Lunatic asylums Bombay report 1878-1890 - 1878-1890
Year: 1878
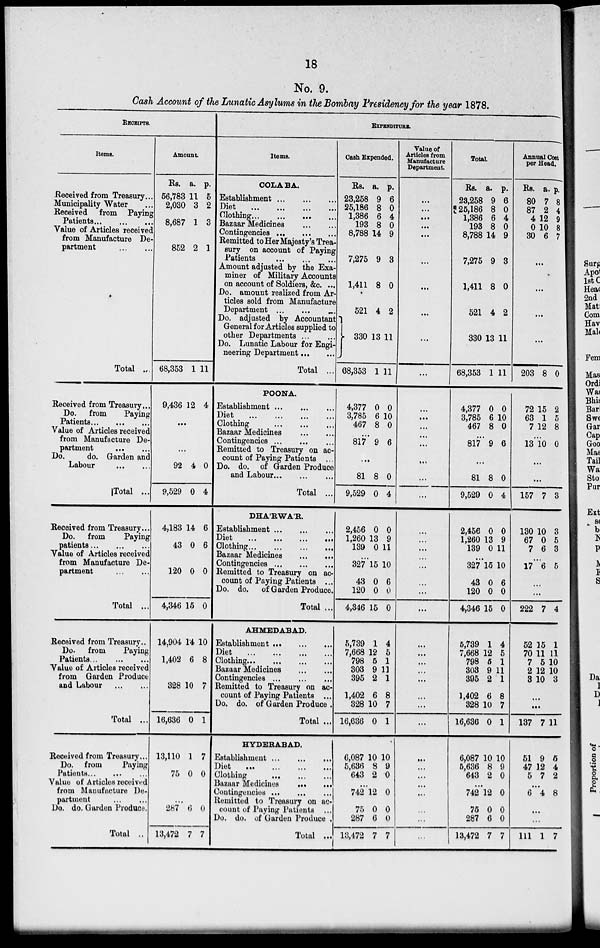
18
No. 9.
Cash Account of the Lunatic Asylums im, the Bombay Presidency for the year 1878.
RECEIPTS.
Items.
Received from Treasury...
Municipality Water ...
Received from Paying
Patients...
...
...
Value of Articles received
from Manufacture De-
partment
...
...
Total ...
Received from Treasury...
Do. from
Paying
Patients ... ... ...
Value of Articles received
from Manufacture De-
partment
...
...
Do.
do. Garden and
Labour
...
...
Total ...
Received from Treasury...
Do. from
Paying
patients
...
...
...
Value of Articles received
from Manufacture De-
partment
...
...
Total ...
Received from Treasury...
Do. from
Paying
Patients
...
...
...
Value of Articles received
from Garden Produce
and Labour
Total ...
Received from Treasury...
Do. from
Paying
Patients
...
...
...
Value of Articles received
from Manufacture De-
partment ... ... ...
Do. do. Garden Produce.
Total ..
Amount
Rs.
56,783
2,030
8,687
852
68,353
9,436
a.
11
3
1
2
1
12
p.
5
2
3
1
11
4
...
...
92
9,529
4,183
43
120
4,346
14,904
1,402
328
16,636
13,110
75
4
0
14
0
0
15
14
6
10
0
1
0
0
4
6
6
0
0
10
8
7
1
7
0
...
287
13,472
6
7
0
7
EXPENDITURE.
Items.
COLABA.
Establishment
...
...
...
Diet
...
...
...
Clothing
...
...
...
Bazaar Medicines ... ... ...
Contingencies
...
...
...
Remitted to Her Majesty's Trea-
sury on account of Paying
Patients
...
...
...
Amount adjusted by the Exa-
miner of Military Accounts
on account of Soldiers, &c. ...
Do. amount realized from Ar-
ticles sold from Manufacture
Department ... ... ...
Do. adjusted by Accountant
General for Articles supplied to
other Departments
...
...
Do. Lunatic Labour for Engi-
neering Department ... ...
Total ...
POONA.
Establishment
...
...
...
Diet
...
...
...
Clothing
...
...
...
Bazaar Medicines ... ... ...
Contingencies
...
...
...
Remitted to Treasury on ac-
count of Paying Patients ...
Do. do. of Garden Produce
and Labour
...
...
...
Total ...
DHA'RWA'R.
Establishment
...
...
...
Diet
...
...
...
Clothing
...
...
...
Bazaar Medicines ... ... ...
Contingencies
...
...
...
Remitted to Treasury on ac-
count of Paying Patients ...
Do. do. of Garden Produce.
Total ...
AHMEDABAD.
Establishment
...
...
...
Diet
...
...
...
Clothing
...
...
...
Bazaar Medicines ... ... ...
Contingencies
...
...
...
Remitted to Treasury on ac-
count of Paying Patients ...
Do. do. of Garden Produce .
Total ...
HYDERABAD.
Establishment
...
...
...
Diet
...
...
...
...
Clothing
...
...
...
Bazaar Medicines
...
...
Contingencies
...
...
...
Remitted to Treasury on ac-
count of Paying Patients ...
Do. do. of Garden Produce .
Total ...
Cash Expended.
Rs.
23,258
25,186
1,386
193
8,788
7,275
1,411
521
330
68,353
4,377
3,785
467
a.
9
8
6
8
14
9
8
4
13
1
0
6
8
p.
6
0
4
0
9
3
0
2
11
11
0
10
0
...
817 9 6
...
81
9,529
2,456
1,260
139
8
0
0
13
0
0
4
0
9
11
...
327
43
120
4,346
5,739
7,668
798
303
395
1,402
328
16,636
6,087
5,636
643
15
0
0
15
1
12
5
9
2
6
10
0
10
8
2
10
6
0
0
4
5
1
11
1
8
7
1
10
9
0
...
742
75
287
13,472
12
0
6
7
0
0
0
7
Value of
Articles from
Manufacture
Department
...
...
...
...
...
...
...
...
...
...
...
...
...
...
...
...
...
...
...
...
...
...
...
...
...
...
...
...
...
...
...
...
...
...
...
...
...
...
...
...
...
...
Total.
Rs.
23,258
25,186
1,386
193
8,788
7,275
1,411
521
330
68,353
4,377
3,785
467
a.
9
8
6
8
14
9
8
4
13
1
0
6
8
p.
6
0
4
0
9
3
0
2
11
11
0
10
0
...
817 9 6
...
81
9,529
2,456
1,260
139
...
327
43
120
4,346
5,739
7,668
798
303
395
1,402
328
16,636
6,087
5,636
643
8
0
0
13
0
15
0
0
15
1
12
6
9
2
6
10
0
10
8
2
0
4
0
9
11
10
6
0
0
4
5
1
11
1
8
7
1
10
9
0
...
742
75
287
13,472
12
0
6
7
0
0
0
7
Annual Cost
per Head.
Rs.
80
87
4
0
30
a.
7
2
12
10
6
p.
8
4
9
8
7
...
...
...
...
203
72
63
7
8
15
1
12
0
2
5
8
...
13 10 0
...
...
157
130
67
7
7
10
0
6
3
3
5
3
...
17 6 5
...
...
222
52
70
7
2
8
7
15
11
5
12
10
4
1
11
10
10
3
...
...
137
51
47
5
7
9
12
7
11
5
4
2
...
6 4 8
...
...
111 1 7